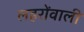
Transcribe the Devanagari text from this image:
लहरोंवाली